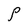
Character: P